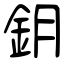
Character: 鈅